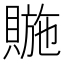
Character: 𧷆